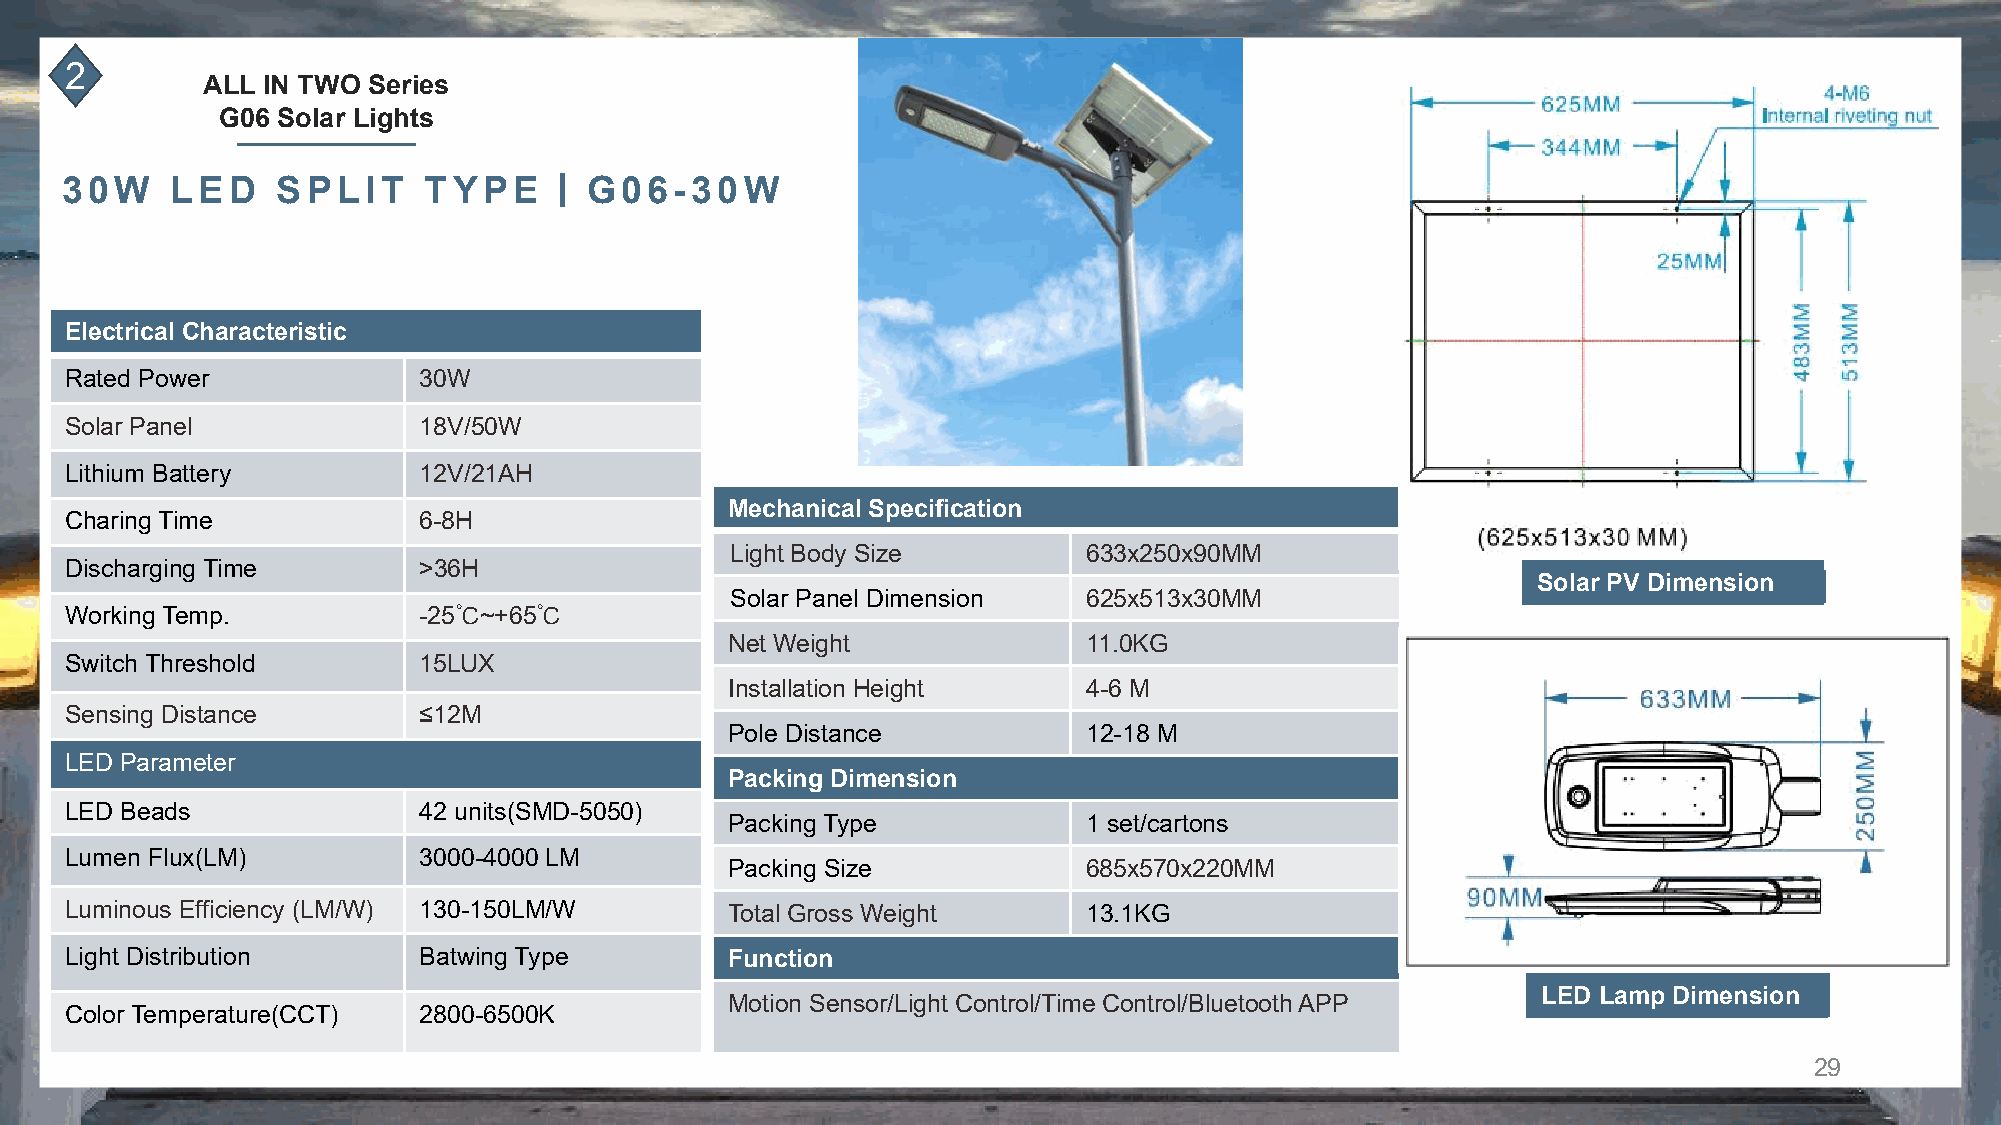
2
 ALL IN TWO Series
 G06 Solar Lights
 丨
 30W    LED    SPLIT     TYPE       G06-30W
 Electrical Characteristic
 Rated Power             30W
 Solar Panel             18V/50W
 Lithium Battery         12V/21AH
 Mechanical Specification
 Charing Time            6-8H
 Light Body Size         633x250x90MM
 Discharging Time        >36H
 SSoollaarr PPVV DDiimmeennssiioonn
 Solar Panel Dimension   625x513x30MM
 Working Temp.           -25℃~+65℃
 Net Weight              11.0KG
 Switch Threshold        15LUX
 Installation Height     4-6 M
 Sensing Distance        ≤12M
 Pole Distance           12-18 M
 LED Parameter
 Packing Dimension
 LED Beads               42 units(SMD-5050)
 Packing Type            1 set/cartons
 Lumen Flux(LM)          3000-4000 LM
 Packing Size            685x570x220MM
 Luminous Efficiency (LM/W) 130-150LM/W      Total Gross Weight      13.1KG
 Light Distribution      Batwing Type        Function
 LLEEDD LLaammpp DDiimmeennssiioonn
 Motion Sensor/Light Control/Time Control/Bluetooth APP
 Color Temperature(CCT)  2800-6500K
 29